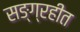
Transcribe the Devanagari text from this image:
सङ्ग्रहीत